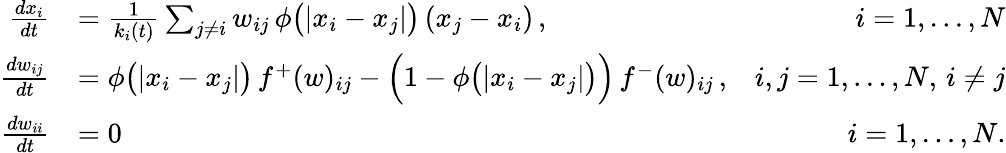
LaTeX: \begin{array}{rlr}{\frac{dx_{i}}{dt}}&{=\frac{1}{k_{i}(t)}\sum_{j\neq i}w_{ij}\, \phi\big(|x_{i}-x_{j}|\big)\, (x_{j}-x_{i})\, ,}&{i=1,\dots,N}\\ {\frac{dw_{ij}}{dt}}&{=\phi\big(|x_{i}-x_{j}|\big)\, f^{+}(w)_{ij}-\Big(1-\phi\big(|x_{i}-x_{j}|\big)\Big)\, f^{-}(w)_{ij}\, ,}&{i,j=1,\dots,N,\, i\neq j}\\ {\frac{dw_{ii}}{dt}}&{=0}&{i=1,\dots,N.}\end{array}